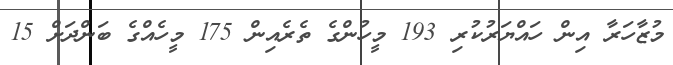
މުޒާހަރާ އިން ހައްޔަރުކުރި 193 މީހުންގެ ތެރެއިން 175 މީހެއްގެ ބަންދަށް 15